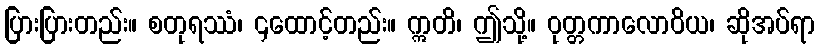
ပြားပြားတည်း။ စတုရဿံ၊ ၄ထောင့်တည်း။ ဣတိ၊ ဤသို့။ ဝုတ္တကာလောဝိယ၊ ဆိုအပ်ရာ